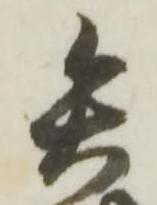
矢